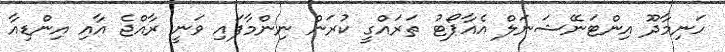
ހަނިމާދޫ އިންޓަނޭޝަނަލް އެއާޕޯޓު ތަރައްގީ ކުރަން ނިންމާފައި ވަނީ ރާއްޖެ އާއި އިންޑިއާ